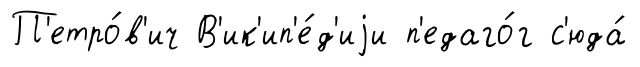
П'етро́в'ич В'ик'ип'е́д'иjи п'едаго́г с'юда́